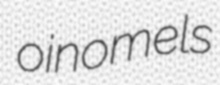
oinomels